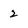
Character: 2